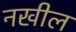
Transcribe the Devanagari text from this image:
नखील